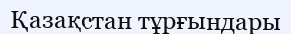
Қазақстан тұрғындары